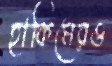
হাকিমেরও